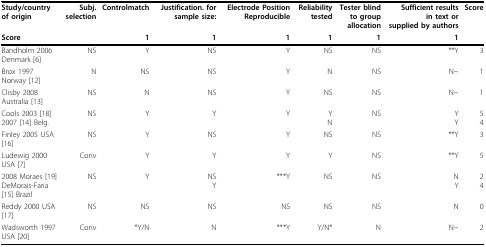
| Study/country of origin | Subj. selection | Controlmatch | Justification. for sample size: | Electrode Position Reproducible | Reliability tested | Tester blind to group allocation | Sufficient results in text or supplied by authors | Score |
 | Score |  | 1 | 1 | 1 | 1 | 1 | 1 |  |
 | --- | --- | --- | --- | --- | --- | --- | --- | --- |
 | Bandholm 2006 Denmark [6] | NS | Y | NS | Y | NS | NS | **Y | 3 |
 | Brox 1997 Norway [12] | N | NS | NS | Y | N | NS | N~ | 1 |
 | Clisby 2008 Australia [13] | NS | N | NS | Y | NS | NS | N~ | 1 |
 | Cools 2003 [18]2007 [14] Belg. | NS | Y | Y | Y | YN | NS | YY | 54 |
 | Finley 2005 USA [16] | NS | Y | NS | Y | NS | NS | **Y | 3 |
 | Ludewig 2000 USA [7] | Conv | Y | Y | Y | Y | NS | **Y | 5 |
 | 2008 Moraes [19]DeMorais-Faria [15] Brazil | NS | Y | NSY | ***Y | NS | NS | NY | 24 |
 | Reddy 2000 USA[17] | NS | NS | NS | NS | NS | NS | N | 0 |
 | Wadsworth 1997 USA [20] | Conv | *Y/N | N | ***Y | Y/N* | N | N~ | 2 |